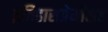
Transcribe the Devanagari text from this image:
इतिहासप्रेमींसह